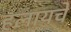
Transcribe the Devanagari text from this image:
हलायचें